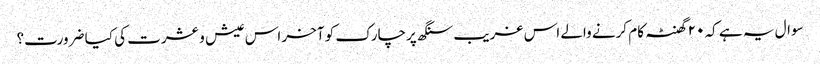
سوال یہ ہے کہ ۲۰ گھنٹہ کام کرنے والے اس غریب سنگھ پرچارک کو آخر اس عیش و عشرت کی کیا ضرورت؟